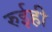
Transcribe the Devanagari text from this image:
रुईही